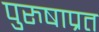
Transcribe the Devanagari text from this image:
पुरुषाप्रत